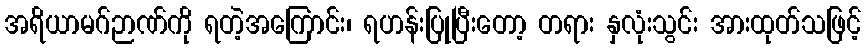
အရိယာမဂ်ဉာဏ်ကို ရတဲ့အကြောင်း၊ ရဟန်းပြုပြီးတော့ တရား နှလုံးသွင်း အားထုတ်သဖြင့်